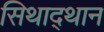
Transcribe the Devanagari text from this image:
सिथाद्थान